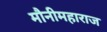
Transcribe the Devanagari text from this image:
मौनीमहाराज